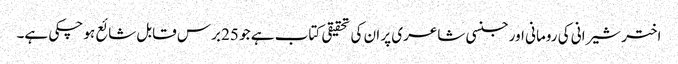
اختر شیرانی کی رومانی اور جنسی شاعری پر ان کی تحقیقی کتاب ہے جو 25 برس قابل شائع ہو چکی ہے۔